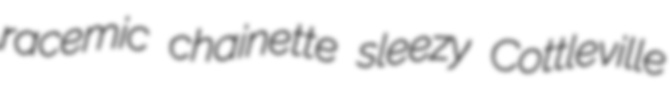
racemic chainette sleezy Cottleville